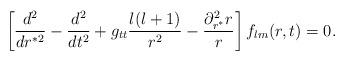
LaTeX: \begin{align*}\left[\frac{d^2}{dr^{*2}}-\frac{d^2}{dt^{2}}+g_{tt}\frac{l(l+1)}{r^{2}}-\frac{\partial^{2}_{r^*} r}{r}\right]f_{lm}(r,t)=0.\end{align*}